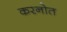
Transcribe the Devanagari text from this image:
करनोत